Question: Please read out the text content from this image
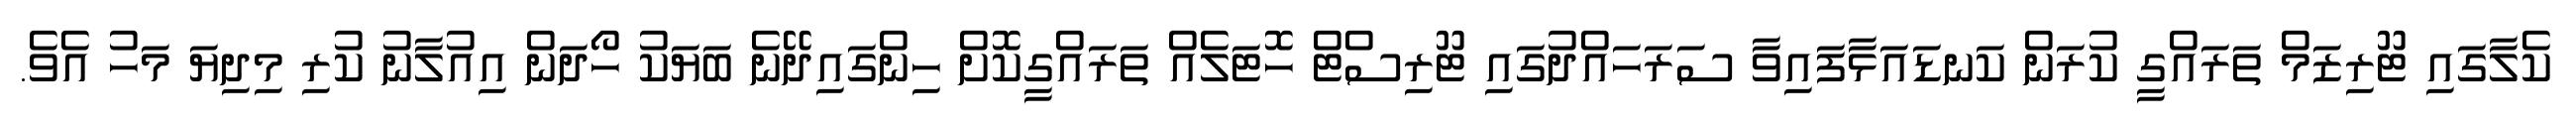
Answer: ކެލާގައި ޓޫރިޒަމް ތަރައްގީ ކުރަން ކަނޑައަޅާފައިވާ ސަރަހައްދުގައި ޓޫރިސްޓް ހޮޓަލެއް ތަރައްގީކޮށް ހިންގައިދޭނެ ބަޔަކު ހޯދަން އިއުލާނު ކުރި މިދިޔަ މަހު އެވެ.